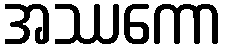
အဿကော